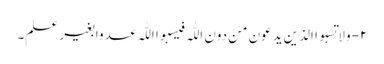
۲- ولا تسبوا الذین یدعون من دون اللّٰہ فیسبوا اللّٰہ عدوا بغیر علم۔